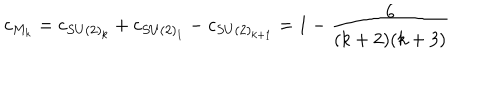
c _ { M _ { k } } = c _ { S U ( 2 ) _ { k } } + c _ { S U ( 2 ) _ { 1 } } - c _ { S U ( 2 ) _ { k + 1 } } = 1 - \frac { 6 } { ( k + 2 ) ( k + 3 ) }